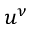
u ^ { \nu }